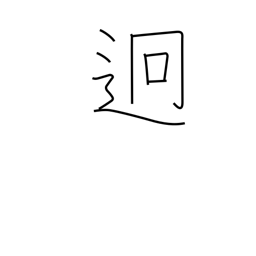
Meaning: far